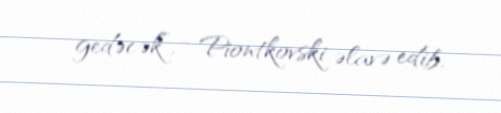
gedəcək”, - Piontkovski əlavə edib.